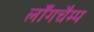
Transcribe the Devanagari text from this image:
लॉंगचैम्प